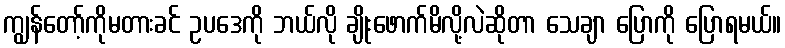
ကျွန်တော့်ကိုမတားခင် ဥပဒေကို ဘယ်လို ချိုးဖောက်မိလို့လဲဆိုတာ သေချာ ပြောကို ပြောရမယ်။